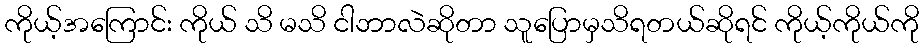
ကိုယ့်အကြောင်း ကိုယ် သိ မသိ ငါဘာလဲဆိုတာ သူပြောမှသိရတယ်ဆိုရင် ကိုယ့်ကိုယ်ကို